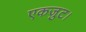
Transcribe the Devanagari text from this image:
एकजुट।